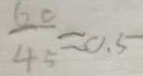
\frac { 6 0 } { 4 5 } \approx 0 . 5